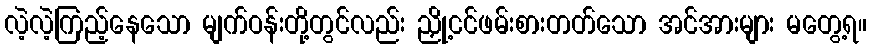
လဲ့လဲ့ကြည့်နေသော မျက်ဝန်းတို့တွင်လည်း ညှို့ငင်ဖမ်းစားတတ်သော အင်အားများ မတွေ့ရ။